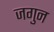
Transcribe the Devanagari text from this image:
जगुन